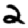
Digit: 2